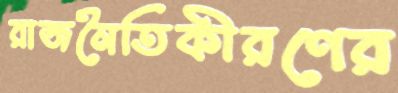
রাজনৈতিকীরণের